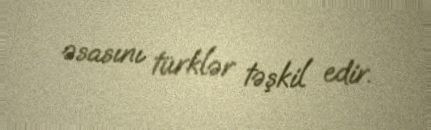
əsasını türklər təşkil edir.